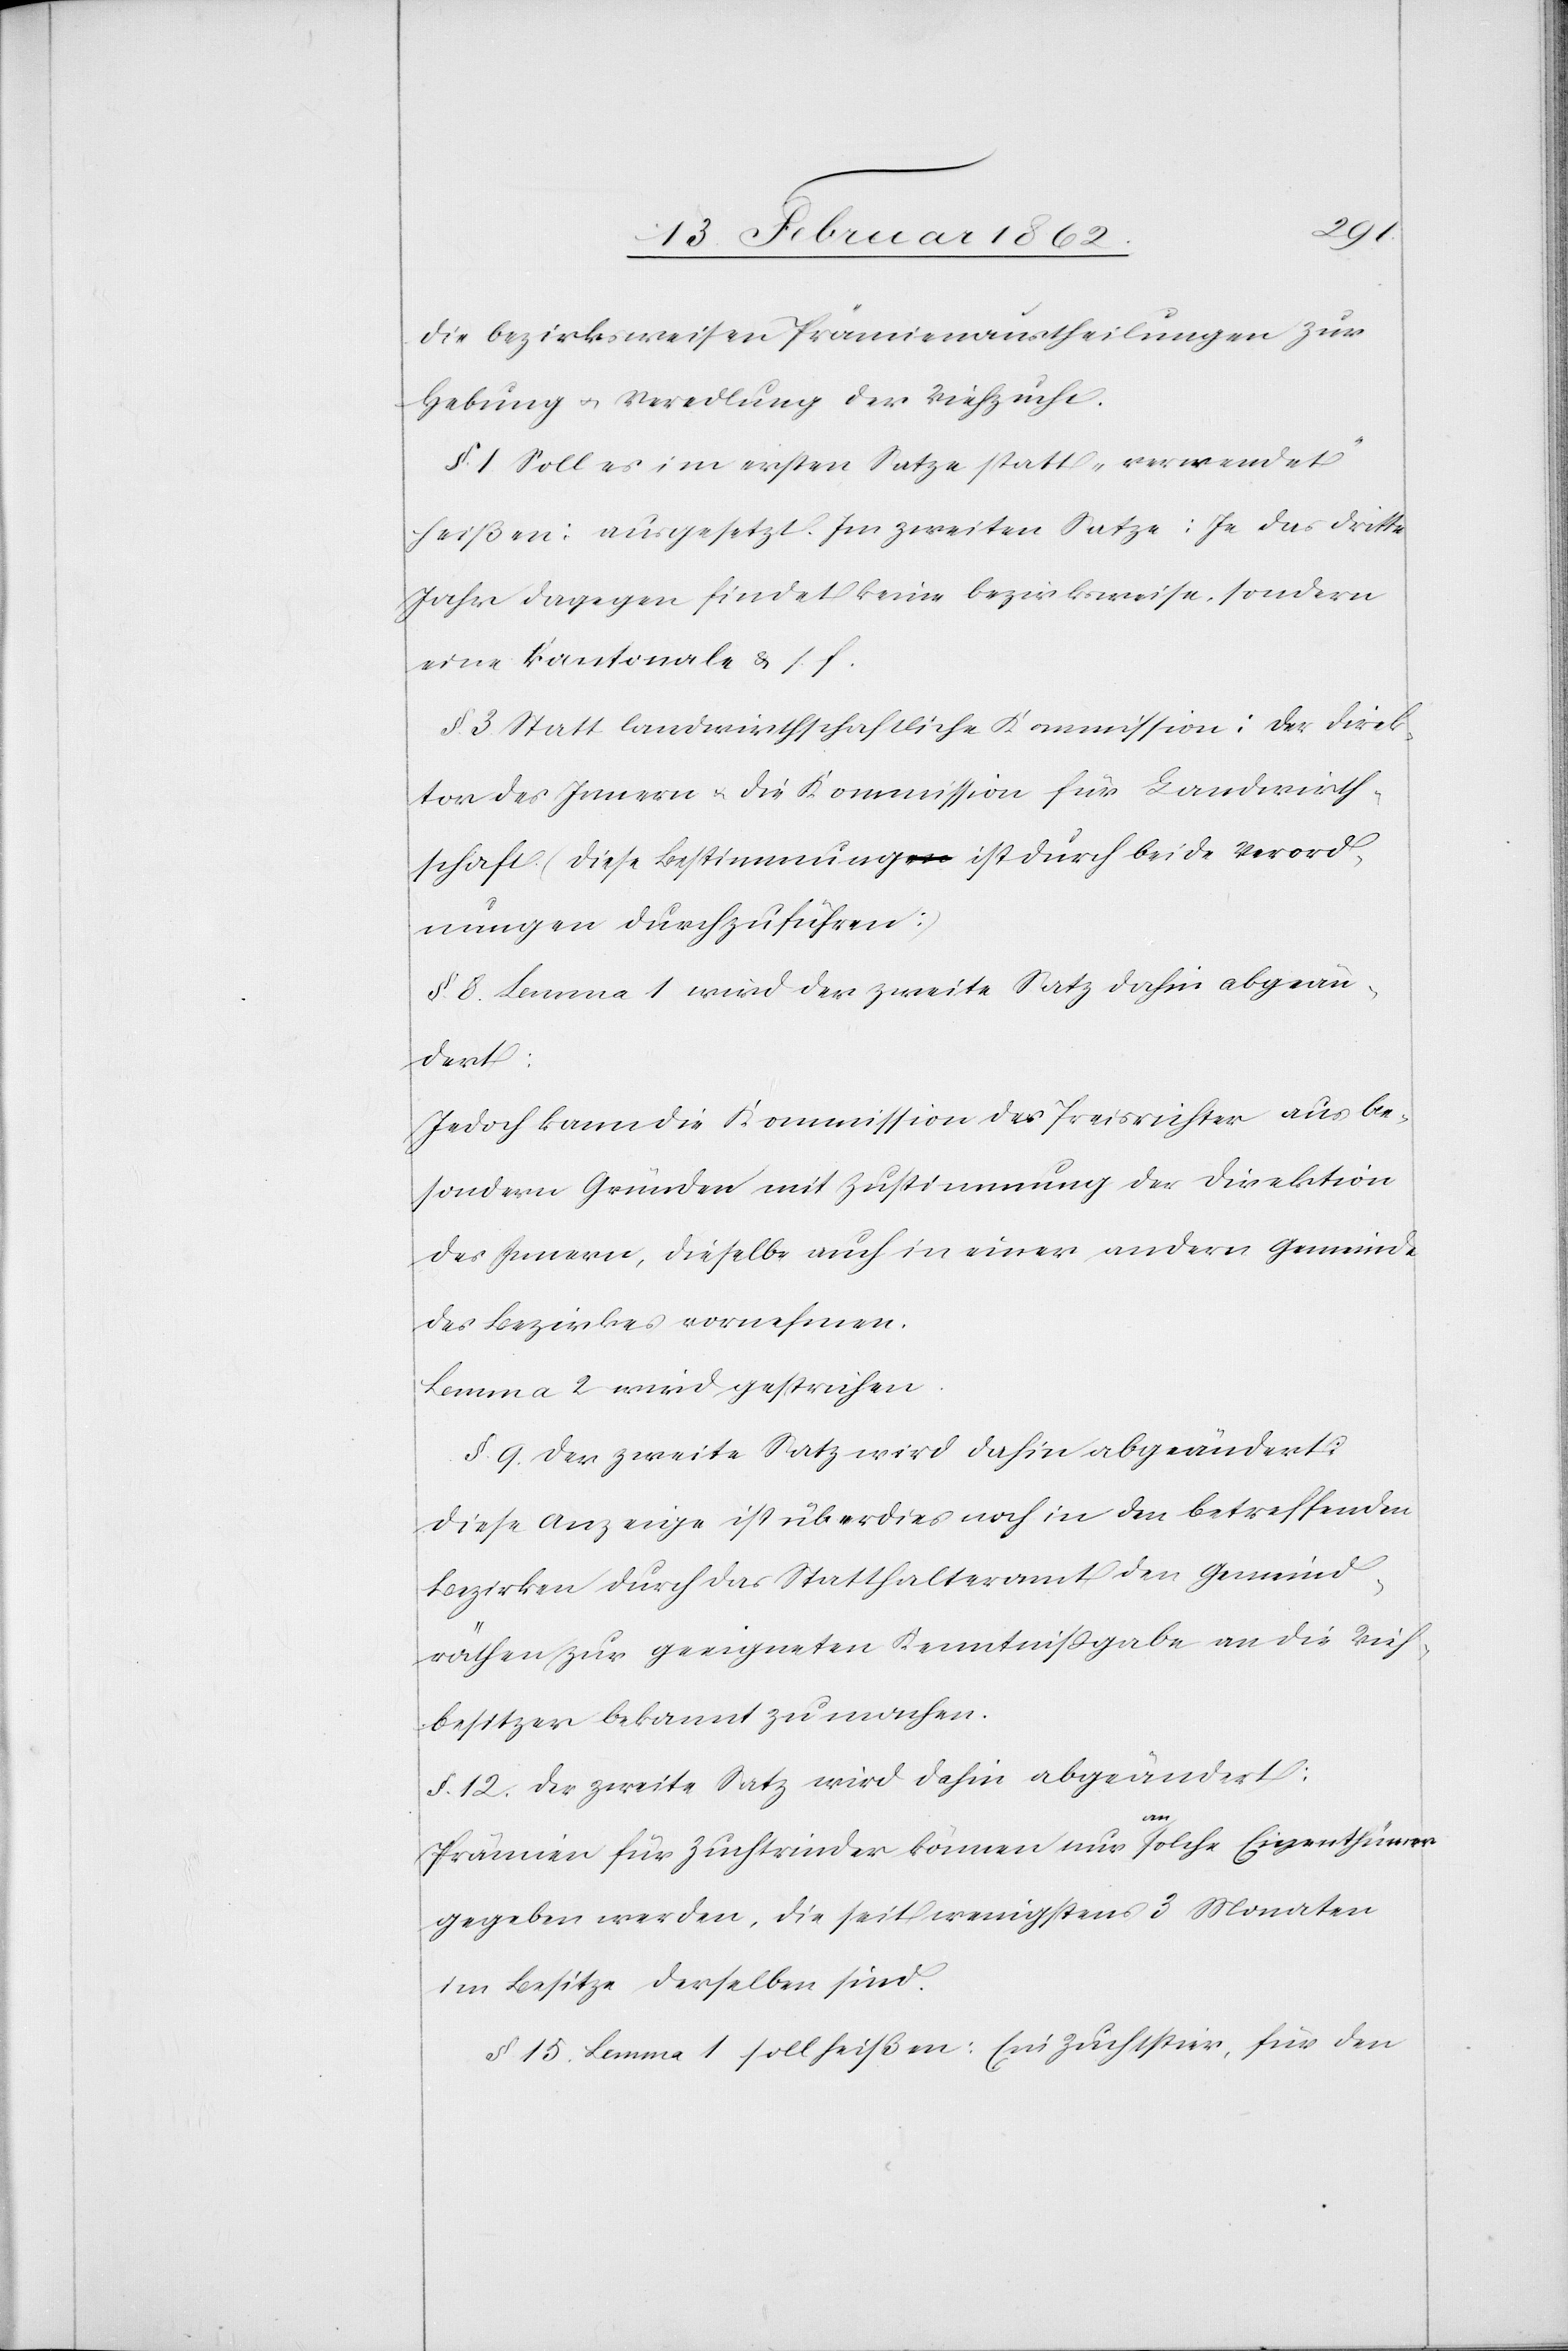
die bezirksweisen Prämienaustheilungen zur
Hebung u. Veredlung der Viehzucht.
§. 1. Soll es im ersten Satze statt „verwendet“
heißen: ausgesetzt. Im zweiten Satze: Je das dritte
Jahr dagegen findet keine bezirksweise, sondern
eine kantonale u. s. f.
§. 3. Statt landwirthschaftliche Kommission: der Direk¬
tor des Innern u. die Kommission für Landwirth¬
schaft (diese Bestimmung ist durch beide Verord¬
nungen durchzuführen:)
§. 8. Lemma 1 wird der zweite Satz dahin abgeän¬
dert:
Jedoch kann die Kommission der Preisrichter aus be¬
sondern Gründen mit Zustimmung der Direktion
des Innern, dieselbe auch in einer andern Gemeinde
der Bezirkes vornehmen.
Lemma 2 wird gestrichen.
§. 9. Der zweite Satz wird dahin abgeändert:
Diese Anzeige ist überdies noch in den betreffenden
Bezirken durch das Statthalteramt den Gemeind¬
räthen zur geeigneten Kenntnißgabe an die Vieh¬
besitzer bekannt zu machen.
§. 12. Der zweite Satz wird dahin abgeändert:
Prämien für Zuchtrinder können nur an solche Eigenthümer
gegeben werden, die seit wenigstens 3 Monaten
im Besitze derselben sind.
§. 15. Lemma 1 soll heißen: „Ein Zuchtstier, für den